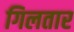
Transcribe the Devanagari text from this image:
गिलतार